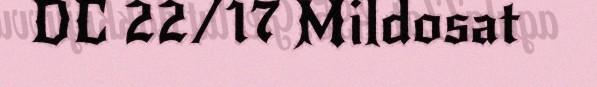
DC 22/17 Mildosat